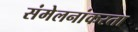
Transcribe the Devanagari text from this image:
संमेलनांकरता